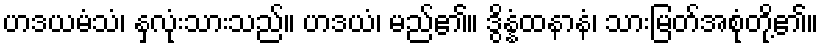
ဟဒယမံသံ၊ နှလုံးသားသည်။ ဟဒယံ၊ မည်၏။ ဒွိန္နံထနာနံ၊ သားမြတ်အစုံတို့၏။